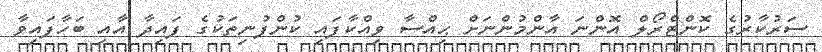
ސަރުކާރުގެ ކޮންޓްރޯލް އޮންނަ އާންމުންނަށް ޙިއްސާ ވިއްކާފައި ކުންފުނިތަކުގެ ފައިދާ އާއި ބަހާފައިވާ